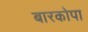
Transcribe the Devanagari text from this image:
बारकोपा